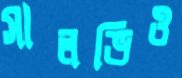
সালভিও